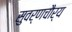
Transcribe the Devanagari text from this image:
सुवर्णचौर्य